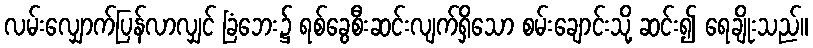
လမ်းလျှောက်ပြန်လာလျှင် ခြံဘေး၌ ရစ်ခွေစီးဆင်းလျက်ရှိသော စမ်းချောင်းသို့ ဆင်း၍ ရေချိုးသည်။